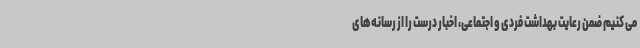
می کنیم ضمن رعایت بهداشت فردی و اجتماعی، اخبار درست را از رسانه‌های